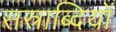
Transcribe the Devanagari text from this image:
सस्राब्दियों